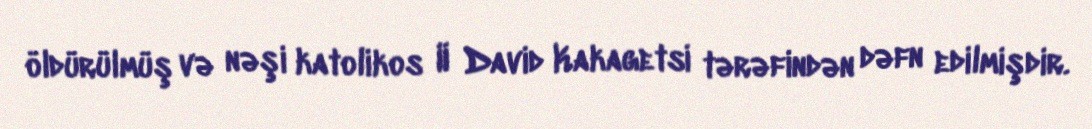
öldürülmüş və nəşi katolikos II David Kakagetsi tərəfindən dəfn edilmişdir.